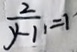
\frac { 2 } { y - 1 1 } = 1